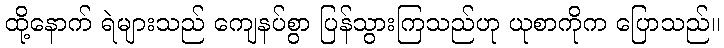
ထို့နောက် ရဲများသည် ကျေနပ်စွာ ပြန်သွားကြသည်ဟု ယုစာကိုက ပြောသည်။